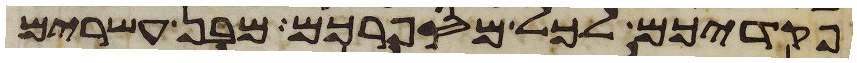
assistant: פקדיכם לכל מספרכם מבן עשרים